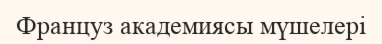
Француз академиясы мүшелері